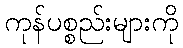
ကုန်ပစ္စည်းများကို